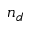
n _ { d }